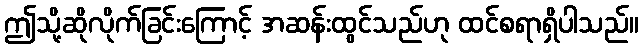
ဤသို့ဆိုလိုက်ခြင်းကြောင့် အဆန်းထွင်သည်ဟု ထင်စရာရှိပါသည်။